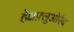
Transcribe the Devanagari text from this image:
हेक्षफ़्लुओरैद